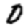
Digit: 0